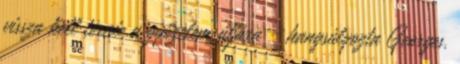
vissza kell térnie a győzelem útjára - hangsúlyozta Georges.